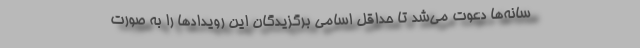
سانه‌ها دعوت می‌شد تا حداقل اسامی برگزیدگان این رویدادها را به صورت